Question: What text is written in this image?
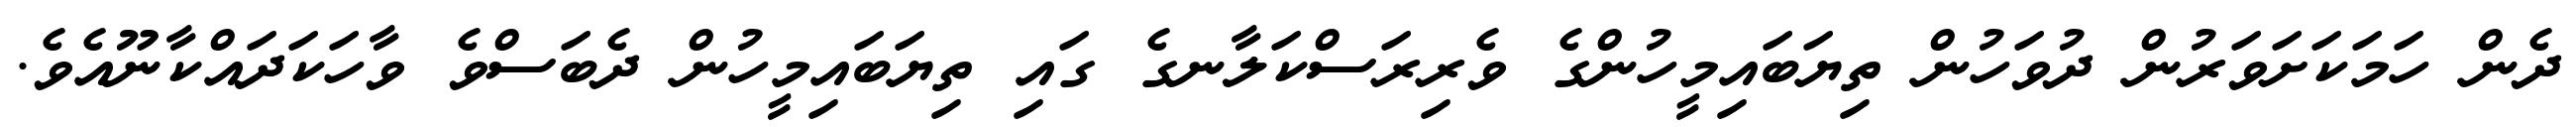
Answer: ދެން ހަމަކަށަވަރުން ދުވަހުން ތިޔަބައިމީހުންގެ ވެރިރަސްކަލާނގެ ގައި ތިޔަބައިމީހުން ދެބަސްވެ ވާހަކަދައްކާނޫއެވެ.